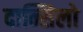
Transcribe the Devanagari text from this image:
दान्सिलो